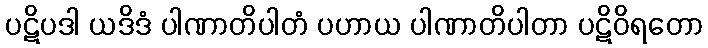
ပဋိပဒါ ယဒိဒံ ပါဏာတိပါတံ ပဟာယ ပါဏာတိပါတာ ပဋိဝိရတော